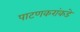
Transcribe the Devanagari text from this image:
पाटणकरांकडे